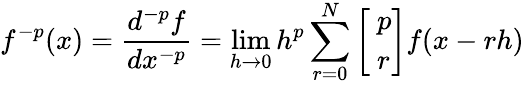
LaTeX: f^{-p}(x)={\frac{d^{-p}f}{dx^{-p}}}=\operatorname*{lim}_{h\rightarrow 0}{h^{p}}\sum_{r=0}^{N}{\left[\begin{array}{l}{~p}\\ {~r}\end{array}\right]}f(x-rh)